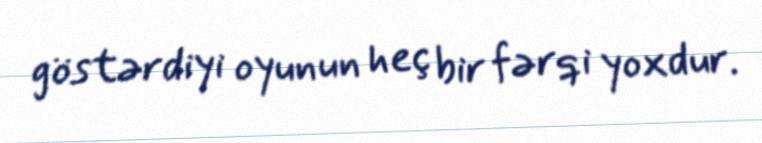
göstərdiyi oyunun heç bir fərqi yoxdur.